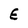
Character: E